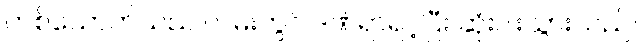
တစ်ယောက်သည် လမ်းတွင် ဒဏ်ရာရင့်ပြီး ဆုံးပါးသွားသည်။